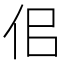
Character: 佀